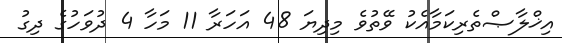
އިޚްލާޞްތެރިކަމާއެކު ވޭތުވެ މިދިޔަ 48 އަހަރާ 11 މަހާ 4 ދުވަހުގެ ދިގު